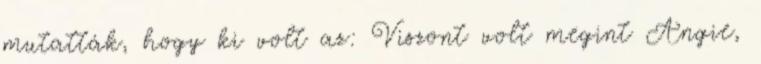
mutatták, hogy ki volt az: Viszont volt megint Angie,